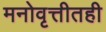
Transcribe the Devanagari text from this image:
मनोवृत्तीतही